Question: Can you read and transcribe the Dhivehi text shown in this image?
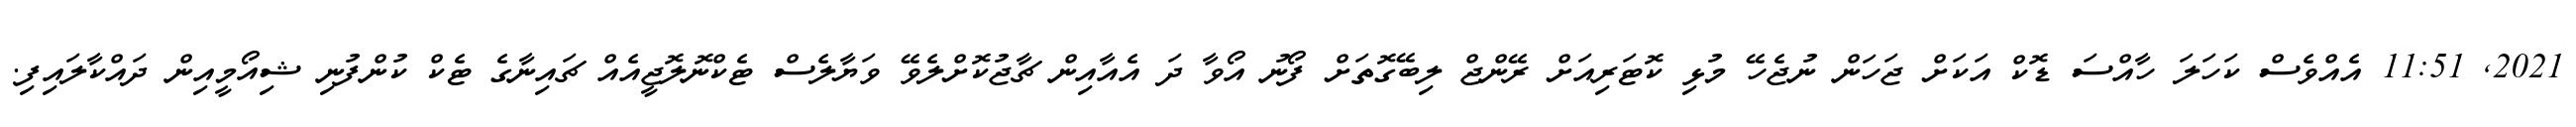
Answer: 2021, 11:51 އެއްވެސް ކަހަލަ ހާއްސަ ޑޮކް އަކަށް ޖަހަން ނުޖެހޭ މުޅި ކޮޓަރިއަށް ރޭންޖް ލިބޭގޮތަށް ފޯނު އޯވާ ދަ އެއާއިން ޗާޖުކޮށްލެވޭ ވަޔާލެސް ޓެކްނޮލޮޖީއެއް ޗައިނާގެ ޓެކް ކުންފުނި ޝިއޯމީއިން ދައްކާލައިފި.